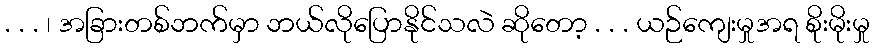
. . . ၊ အခြားတစ်ဘက်မှာ ဘယ်လိုပြောနိုင်သလဲ ဆိုတော့ . . . ယဉ်ကျေးမှုအရ စိုးမိုးမှု